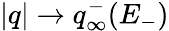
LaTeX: |q|\to q_{\infty}^{-}(E_{-})